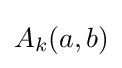
A_{k}(a,b)